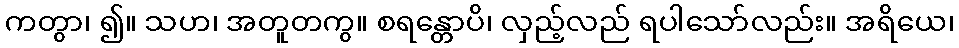
ကတွာ၊ ၍။ သဟ၊ အတူတကွ။ စရန္တောပိ၊ လှည့်လည် ရပါသော်လည်း။ အရိယေ၊